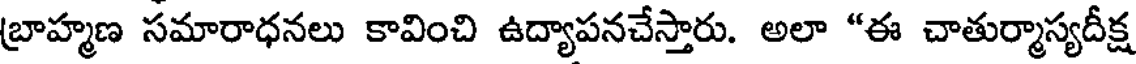
బ్రాహ్మణ సమారాధనలు కావించి ఉద్యాపనచేస్తారు. అలా "ఈ చాతుర్మాస్యదీక్ష